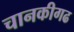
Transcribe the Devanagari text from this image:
चानकीगढ